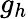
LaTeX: g_{h}